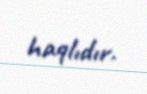
haqlıdır.